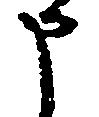
申